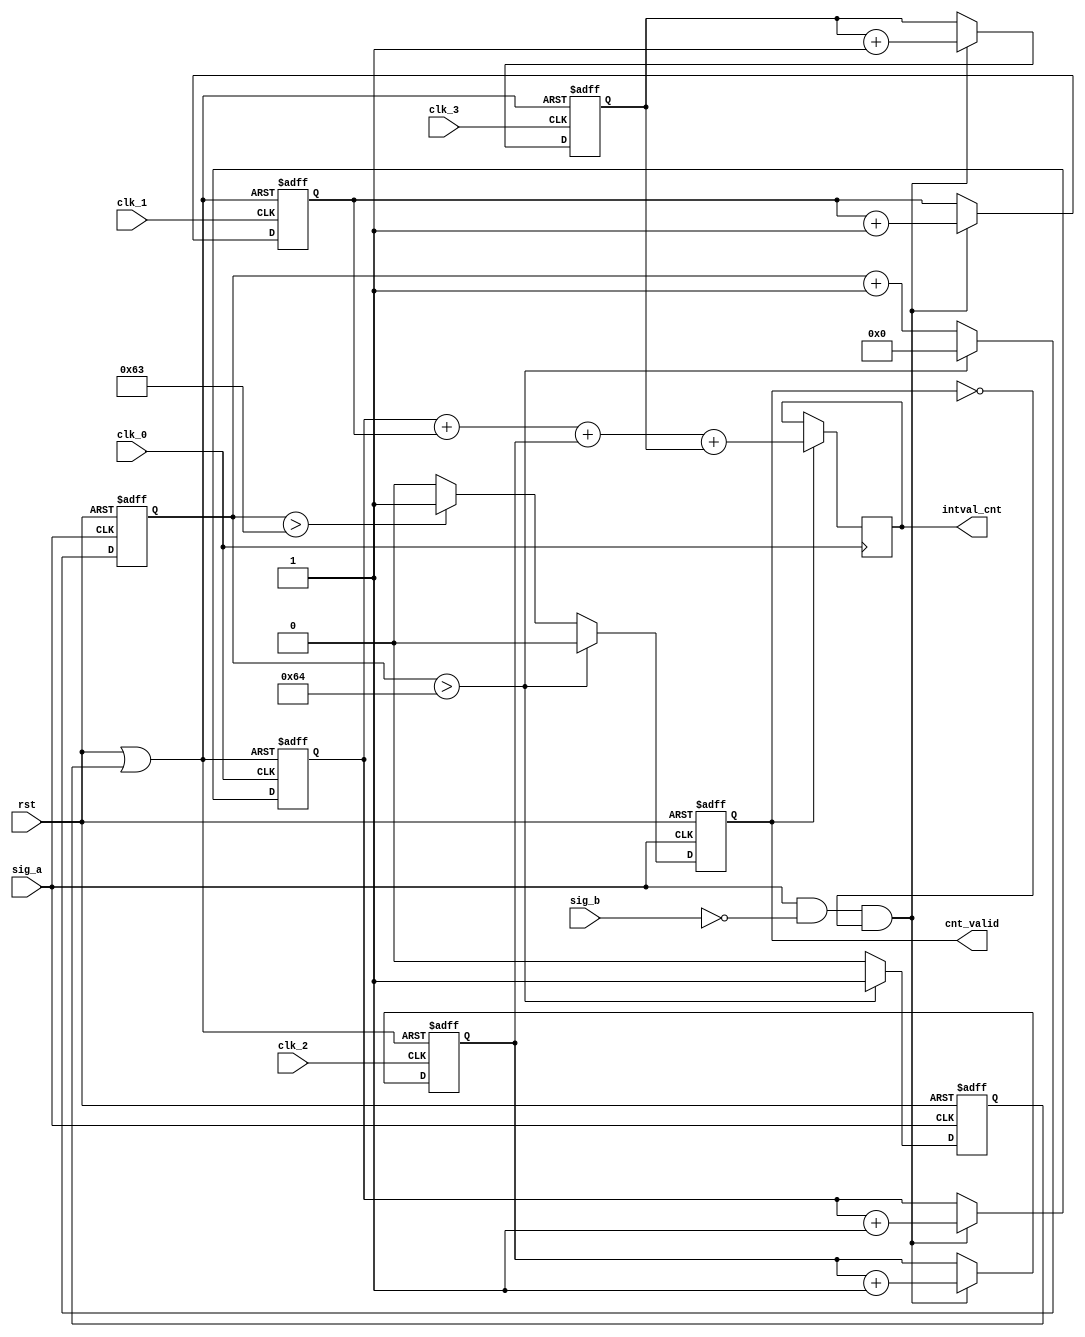
`define CNT_WIDTH 32
`define CYCYLE 100
module measure_intval(
  input rst,
  input clk_0,//0 degree
  input clk_1,//90 degree
  input clk_2,//180 degree
  input clk_3,//270 degree
  input sig_a,
  input sig_b,
  output [`CNT_WIDTH-1:0] intval_cnt,
  output cnt_valid);
  
reg [7:0] cycle_cnt;
reg cnt_restart;
reg cnt_valid_r;
always@(posedge sig_a or posedge rst)
begin
  if(rst)
  begin
    cycle_cnt<=4'd0;
    cnt_restart<=1'b0;
    cnt_valid_r<=1'b0;
  end
  else if(cycle_cnt>`CYCYLE)
  begin
    cycle_cnt<=0;
    cnt_restart<=1'b1;
    cnt_valid_r<=1'b0;
  end
  else if(cycle_cnt>`CYCYLE-1)
  begin
    cycle_cnt<=cycle_cnt+1;
    cnt_restart<=1'b0;
    cnt_valid_r<=1'b1;
  end
  else
  begin
    cycle_cnt<=cycle_cnt+1;
    cnt_restart<=1'b0;
    cnt_valid_r<=1'b0;
  end
end

assign cnt_valid=cnt_valid_r;

//produce gate
wire gate;
assign gate=sig_a & (~sig_b) & (~cnt_valid_r);

wire rst_or;
assign rst_or=rst | cnt_restart;

//0 degree
reg [`CNT_WIDTH-1:0] cnt_intval_0;
always@(posedge clk_0 or posedge rst_or)
begin
  if(rst_or)
    cnt_intval_0<={`CNT_WIDTH{1'b0}};
  else if(gate)
    cnt_intval_0<=cnt_intval_0+1;
end

//90 degree
reg [`CNT_WIDTH-1:0] cnt_intval_1;
always@(posedge clk_1 or posedge rst_or)
begin
  if(rst_or)
    cnt_intval_1<={`CNT_WIDTH{1'b0}};
  else if(gate)
    cnt_intval_1<=cnt_intval_1+1;
end

//180 degree
reg [`CNT_WIDTH-1:0] cnt_intval_2;
always@(posedge clk_2 or posedge rst_or)//posedge clk_2
begin
  if(rst_or)
    cnt_intval_2<={`CNT_WIDTH{1'b0}};
  else if(gate)
    cnt_intval_2<=cnt_intval_2+1;
end

//270 degree
reg [`CNT_WIDTH-1:0] cnt_intval_3;
always@(posedge clk_3 or posedge rst_or)//posedge clk_3
begin
  if(rst_or)
    cnt_intval_3<={`CNT_WIDTH{1'b0}};
  else if(gate)
    cnt_intval_3<=cnt_intval_3+1;
end

wire [`CNT_WIDTH-1:0] cnt_intval_last;
assign cnt_intval_last=cnt_intval_0 + cnt_intval_1 + cnt_intval_2 + cnt_intval_3;

reg [`CNT_WIDTH-1:0] cnt_intval_last_r;
always@(posedge clk_0)
begin
  if(cnt_valid_r)
    cnt_intval_last_r<=cnt_intval_last;
end

assign intval_cnt=cnt_intval_last_r;

endmodule